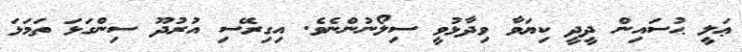
ޢަލީ ޙުސައިން ދީދީ ކިޔަވާ ވިދާޅުވީ ސިލޯނުންނެވެ. އިގިރޭސި އުރުދޫ ސިންގަޅަ ތަމަޅަ